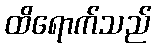
ထိရောက်သည်